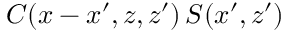
C ( x - x ^ { \prime } , z , z ^ { \prime } ) \, S ( x ^ { \prime } , z ^ { \prime } )